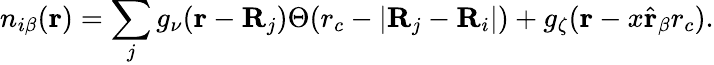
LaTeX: n_{i\beta}(\textbf{r})=\sum_{j}g_{\nu}(\textbf{r}-\mathbf{R}_{j})\Theta(r_{c}-|\textbf{R}_{j}-\mathbf{R}_{i}|)+g_{\zeta}(\textbf{r}-x\hat{\textbf{r}}_{\beta}r_{c}).